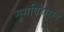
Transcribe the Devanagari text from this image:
मृगविहारात